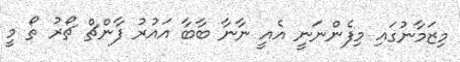
މިޒަމާނުގައި މިފެންނަނީ އެއީ ނާނާ ބާބާ އައުރު ފާންޗް ޗޯރު ތޯ މީ